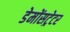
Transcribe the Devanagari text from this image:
डेमोंसट्रेटर